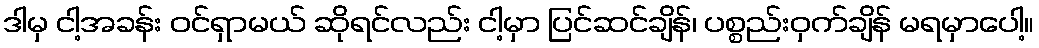
ဒါမှ ငါ့အခန်း ဝင်ရှာမယ် ဆိုရင်လည်း ငါ့မှာ ပြင်ဆင်ချိန်၊ ပစ္စည်းဝှက်ချိန် မရမှာပေါ့။